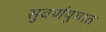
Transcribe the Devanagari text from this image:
सुवर्णयुगात